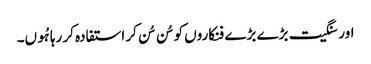
اور سنگیت بڑے بڑے فنکاروں کو سُن سُن کر استفادہ کر رہا ہُوں۔